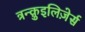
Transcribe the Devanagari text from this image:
त्रन्क़ुइलिज़ेर्स